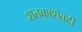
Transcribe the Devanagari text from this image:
शतकाशेवटी